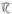
Text: R